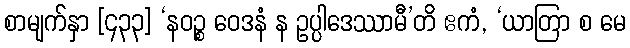
စာမျက်နှာ [၄၃၃] ‘နဝဉ္စ ဝေဒနံ န ဥပ္ပါဒေဿာမီ’တိ ဧကံ, ‘ယာတြာ စ မေ